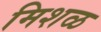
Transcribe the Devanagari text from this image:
मिशळ